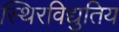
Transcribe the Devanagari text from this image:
स्थिरविद्युतिय